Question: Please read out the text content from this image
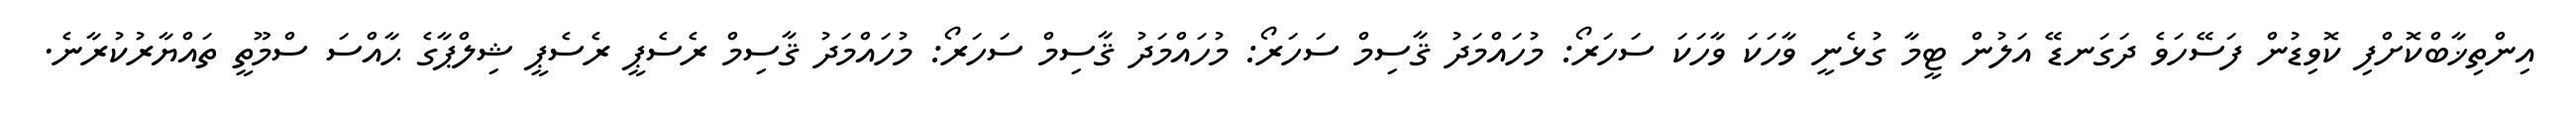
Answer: އިންތިޚާބްކޮށްފި ކޮވިޑުން ފަސޭހަވެ ދަގަނޑޭ އަލުން ޓީމާ ގުޅެނީ ވާހަކަ ވާހަކަ ސަހަރޯ: މުހައްމަދު ޤާސިމް ސަހަރޯ: މުހައްމަދު ޤާސިމް ސަހަރޯ: މުހައްމަދު ޤާސިމް ރެސެޕީ ރެސެޕީ ޝިލްޕާގެ ޙާއްސަ ސްމޫތީ ތައްޔާރުކުރާނެ.